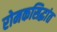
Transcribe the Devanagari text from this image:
रोमकसिद्धांत